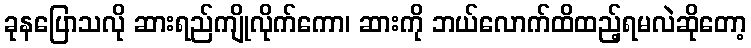
ခုနပြောသလို ဆားရည်ကျိုလိုက်ကော၊ ဆားကို ဘယ်လောက်ထိထည့်ရမလဲဆိုတော့